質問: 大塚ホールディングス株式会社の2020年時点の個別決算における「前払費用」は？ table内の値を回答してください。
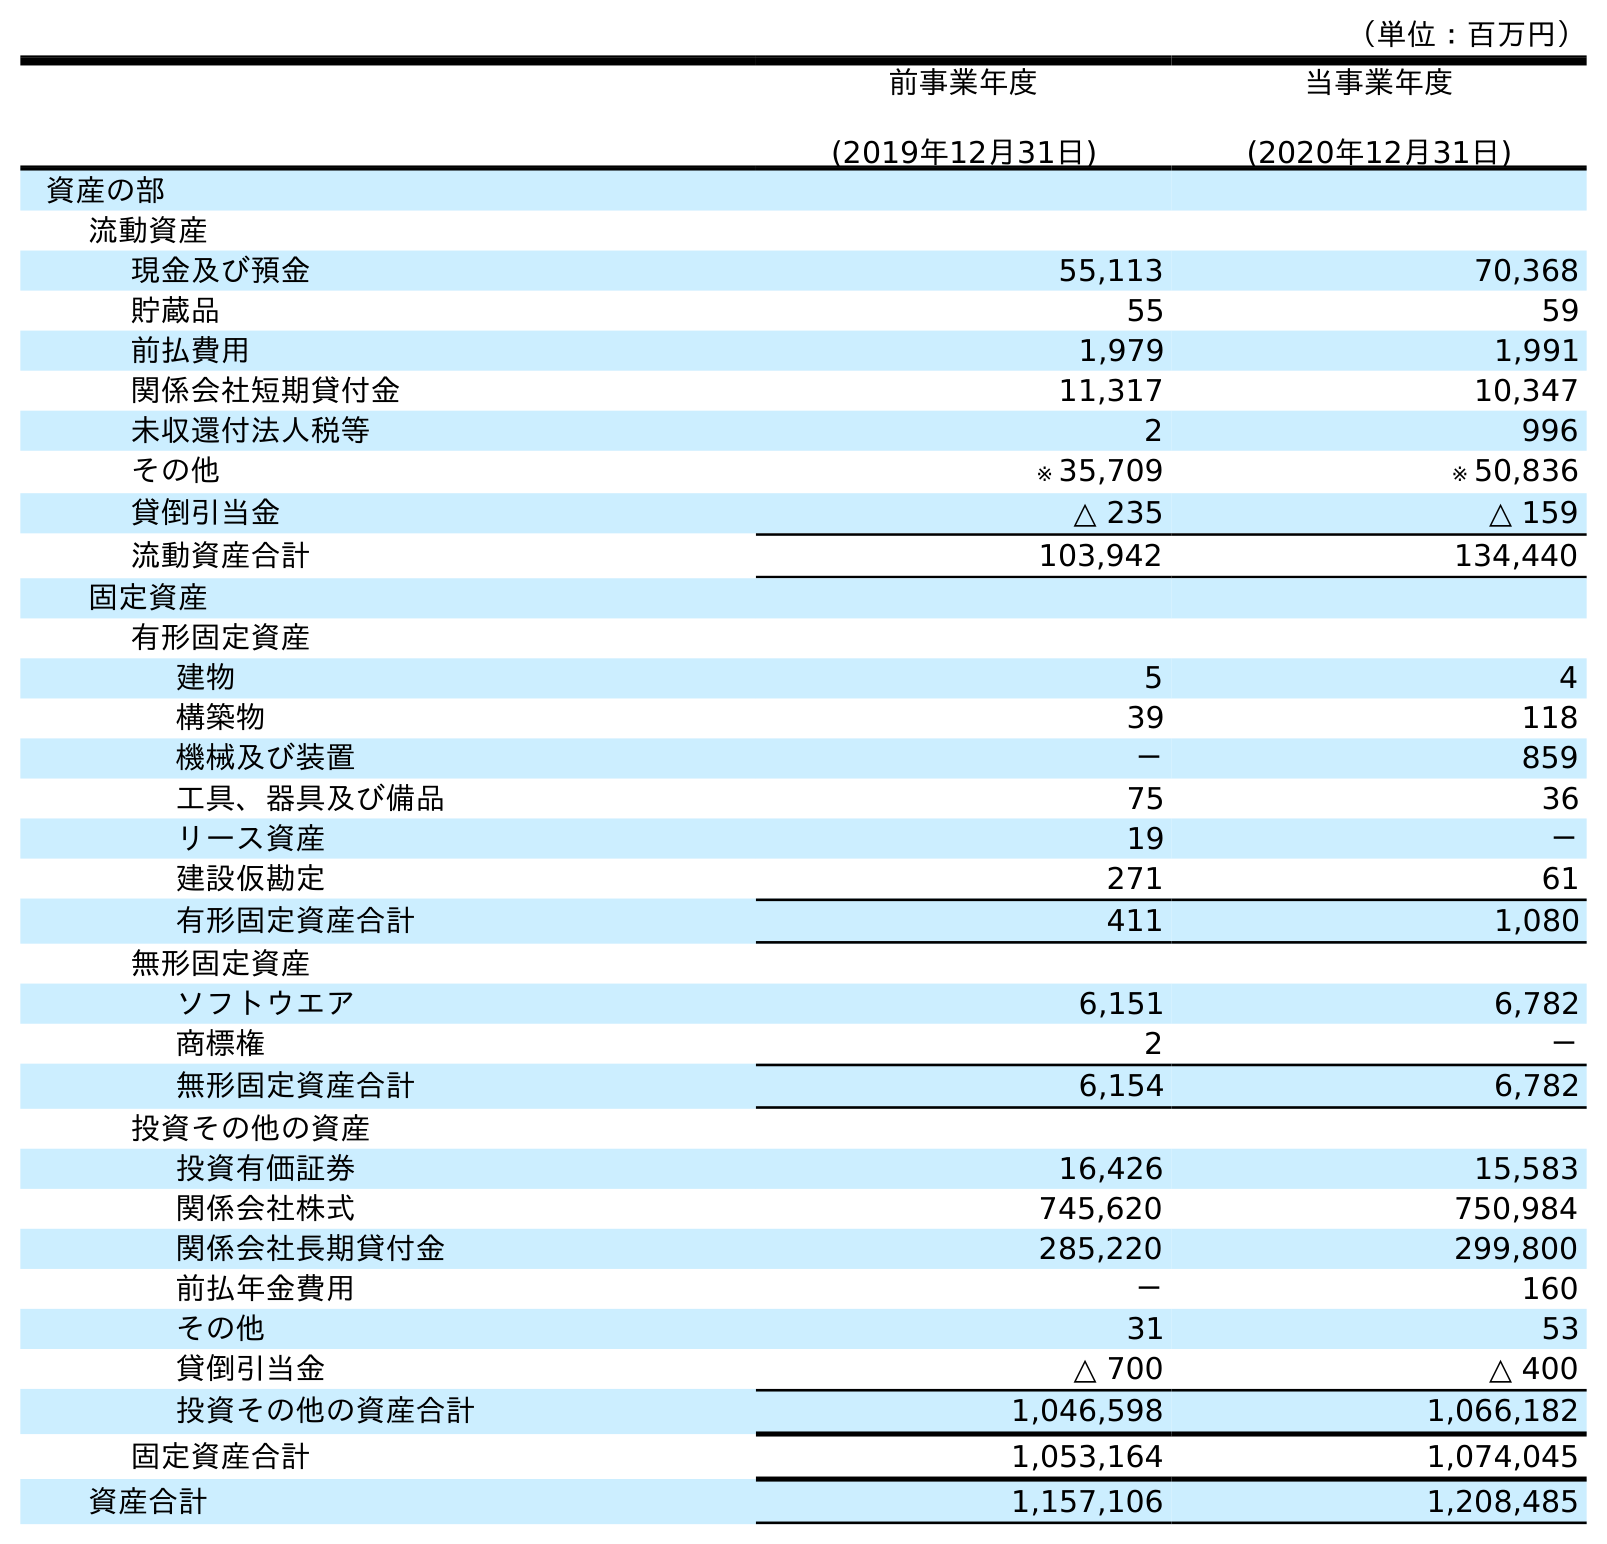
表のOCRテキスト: （単位：百万円） 前事業年度 (2019年12月31日) 当事業年度 (2020年12月31日) 資産の部 流動資産 現金及び預金 55,113 70,368 貯蔵品 55 59 前払費用 1,979 1,991 関係会社短期貸付金 11,317 10,347 未収還付法人税等 2 996 その他 ※ 35,709 ※ 50,836 貸倒引当金 △ 235 △ 159 流動資産合計 103,942 134,440 固定資産 有形固定資産 建物 5 4 構築物 39 118 機械及び装置 － 859 工具、器具及び備品 75 36 リース資産 19 － 建設仮勘定 271 61 有形固定資産合計 411 1,080 無形固定資産 ソフトウエア 6,151 6,782 商標権 2 － 無形固定資産合計 6,154 6,782 投資その他の資産 投資有価証券 16,426 15,583 関係会社株式 745,620 750,984 関係会社長期貸付金 285,220 299,800 前払年金費用 － 160 その他 31 53 貸倒引当金 △ 700 △ 400 投資その他の資産合計 1,046,598 1,066,182 固定資産合計 1,053,164 1,074,045 資産合計 1,157,106 1,208,485
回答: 1,991